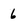
Character: 6